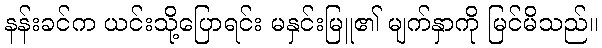
နန်းခင်က ယင်းသို့ပြောရင်း မနှင်းမြူ၏ မျက်နှာကို မြင်မိသည်။